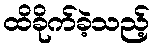
ထိခိုက်ခဲ့သည့်